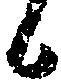
候